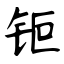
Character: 钷